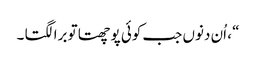
“ ، اُن دنوں جب کوئی پوچھتا تو برا لگتا ۔